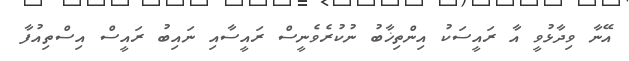
އޭނާ ވިދާޅުވީ އާ ރައީސަކު އިންތިޚާބު ނުކުރެވެނީސް ރައީސާއި ނައިބު ރައީސް އިސްތިއުފާ